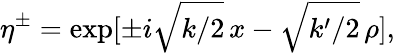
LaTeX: \eta^{\pm}=\exp[\pm i\sqrt{k/2}\, x-\sqrt{k^{\prime}/2}\, \rho],